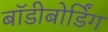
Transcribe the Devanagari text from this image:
बॉडीबोर्डिंग